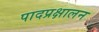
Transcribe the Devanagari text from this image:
पादप्रक्षालन